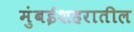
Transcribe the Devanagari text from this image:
मुंबईशहरातील